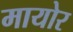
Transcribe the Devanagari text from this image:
मायोर